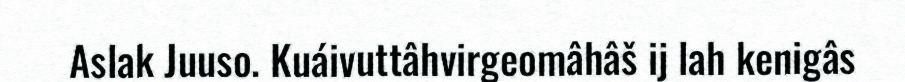
Aslak Juuso. Kuáivuttâhvirgeomâhâš ij lah kenigâs